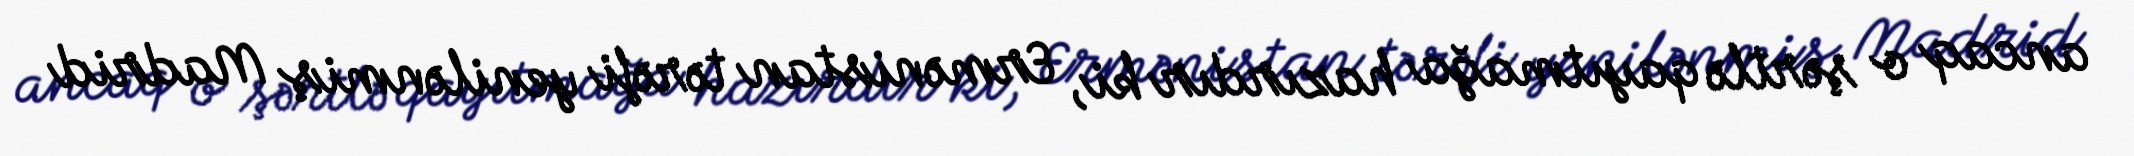
ancaq o şərtlə qayıtmağa hazırdır ki, Ermənistan tərəfi yenilənmiş Madrid